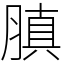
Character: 䐜